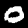
Label: 0